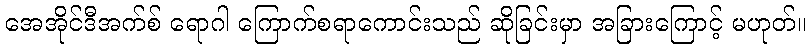
အေအိုင်ဒီအက်စ် ရောဂါ ကြောက်စရာကောင်းသည် ဆိုခြင်းမှာ အခြားကြောင့် မဟုတ်။